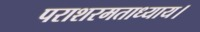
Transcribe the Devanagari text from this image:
पराशरमताध्याय।